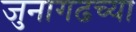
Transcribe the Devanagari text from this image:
जुनागढच्या